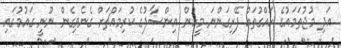
އަދި މުޖުތަމައުގެ ހައްގުތައް ފޭރިގަންނަ މީހުން އިންސާފުގެ ކުރިމައްޗަށް ގެނެވިގެން ނޫނީ ގައުމުގައި